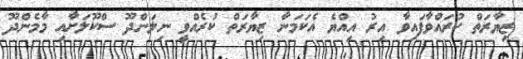
ޒިޔާރަތް ކުރައްވާފައިވާ އިރު އިއްޔެ އެކަމަނާ ޒިޔާރަތް ކުރެއްވީ ނިލަންދޫ ސްކޫލަށާއި މާމެންދޫ